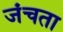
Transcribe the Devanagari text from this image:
जंचता